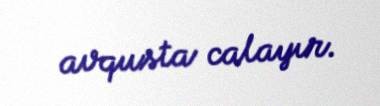
avqusta calayır.